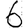
Digit: 6